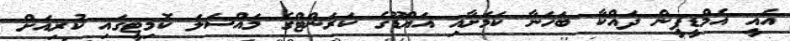
އެއީ އެމްޑީޕީން ދައްކާ ބަހަނާ ކަމަށާއި އައްޑޫގެ ކަރަންޓްގެ މައްސަލަ ކޮމިޓީގައި ކުރިއަށް